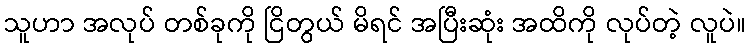
သူဟာ အလုပ် တစ်ခုကို ငြိတွယ် မိရင် အပြီးဆုံး အထိကို လုပ်တဲ့ လူပဲ။